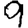
Digit: 9